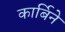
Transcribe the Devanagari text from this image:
कार्बिने